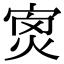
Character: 𡨿